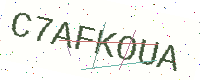
Text: C7AFKOUA